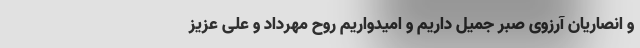
و انصاریان آرزوی صبر جمیل داریم و امیدواریم روح مهرداد و علی عزیز